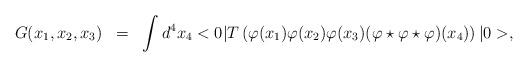
LaTeX: \begin{align*}\begin{array}{rcl}G(x_1,x_2,x_3)&=&\displaystyle \int d^4x_4<0|T\left(\varphi(x_1)\varphi(x_2)\varphi(x_3)(\varphi\star\varphi\star\varphi)(x_4)\right)|0>, \end{array}\end{align*}